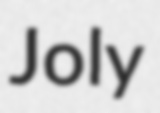
Joly